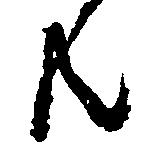
共